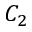
C _ { 2 }